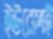
ইউরোপই